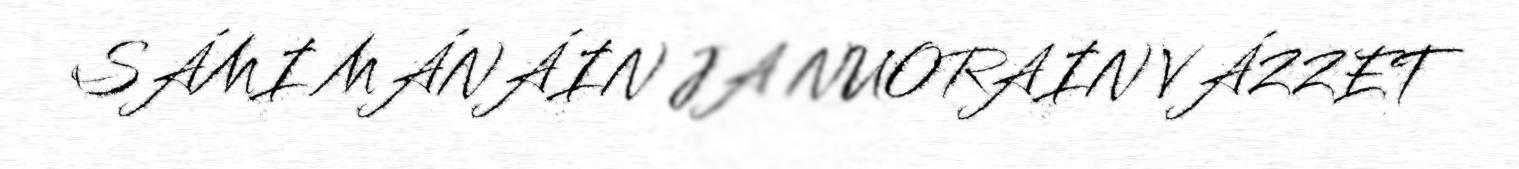
SÁMI MÁNÁIN JA NUORAIN VÁZZET